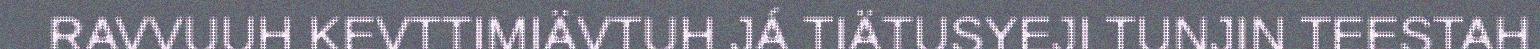
RAVVUUH KEVTTIMIÄVTUH JÁ TIÄTUSYEJI TUNJIN TEESTAH